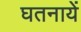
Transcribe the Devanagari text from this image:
घतनायें